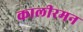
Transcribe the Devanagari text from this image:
कालीरमन